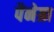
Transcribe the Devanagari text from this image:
पैनेग्रा